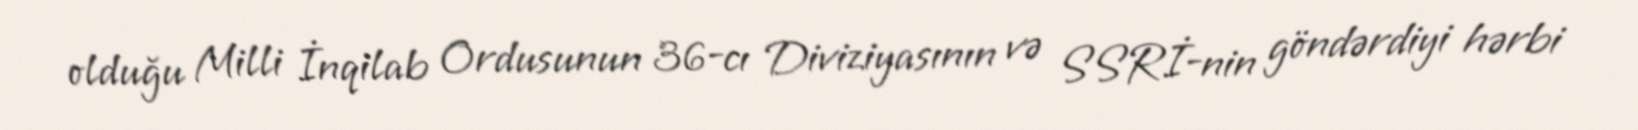
olduğu Milli İnqilab Ordusunun 36-cı Diviziyasının və SSRİ-nin göndərdiyi hərbi